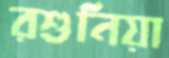
রশুনিয়া